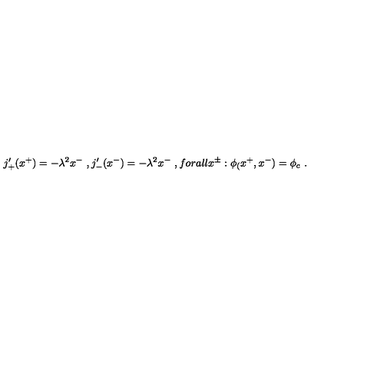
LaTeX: j _ { + } ^ { \prime } ( x ^ { + } ) = - \lambda ^ { 2 } x ^ { - } \ , j _ { - } ^ { \prime } ( x ^ { - } ) = - \lambda ^ { 2 } x ^ { - } \ , f o r a l l x ^ { \pm } : \phi _ { ( } x ^ { + } , x ^ { - } ) = \phi _ { c } \ .